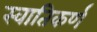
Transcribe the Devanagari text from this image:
स्वातिकर्ण